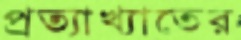
প্রত্যাখ্যাতের